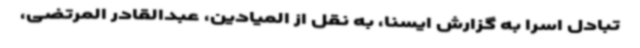
تبادل اسرا به گزارش ایسنا، به نقل از المیادین، عبدالقادر المرتضی،